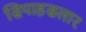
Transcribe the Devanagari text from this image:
सिपाहसलार